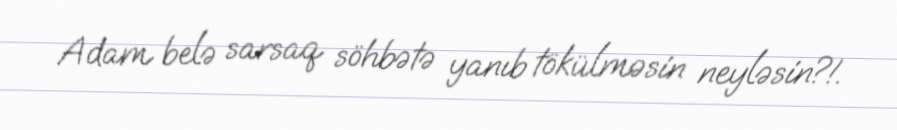
Adam belə sarsaq söhbətə yanıb tökülməsin neyləsin?!.